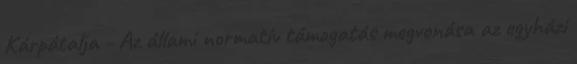
Kárpátalja - Az állami normatív támogatás megvonása az egyházi